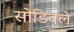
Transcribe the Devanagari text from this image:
सोडिवले